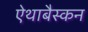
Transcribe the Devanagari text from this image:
ऐथाबैस्कन